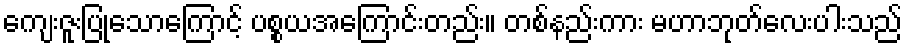
ကျေးဇူးပြုသောကြောင့် ပစ္စယအကြောင်းတည်း။ တစ်နည်းကား မဟာဘုတ်လေးပါးသည်